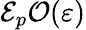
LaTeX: {\cal{E}}_{p}\le{\cal{O}}(\varepsilon)